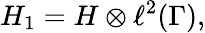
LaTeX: H_{1}=H\otimes\ell^{2}(\Gamma),